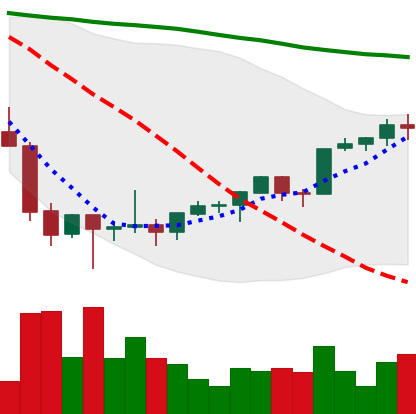
Ticker: ETH-USD
Chart end date: 2022-02-08
Forward return: -7.659%
Label: down_7plus